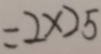
= 2 \times 2 5